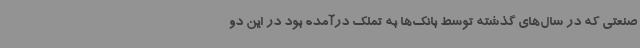
صنعتی که در سال‌های گذشته توسط بانک‌ها به تملک درآمده بود در این دو